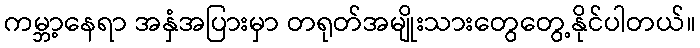
ကမ္ဘာ့နေရာ အနှံအပြားမှာ တရုတ်အမျိုးသားတွေတွေ့နိုင်ပါတယ်။